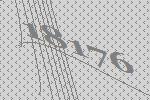
18176